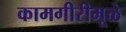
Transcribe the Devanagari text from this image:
कामगीरीमूळे